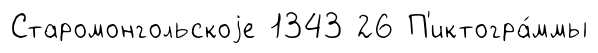
Старомонгольскоjе 1343 26 П'иктогра́ммы